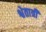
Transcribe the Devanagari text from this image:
श्वेतात्री